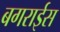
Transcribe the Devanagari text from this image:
बगराईस